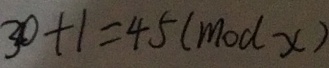
3 0 + 1 = 4 5 ( m o d x )